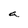
Character: a